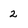
Character: 2